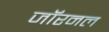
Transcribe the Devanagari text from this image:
जॉरनल